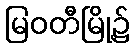
မြဝတီမြို့၌